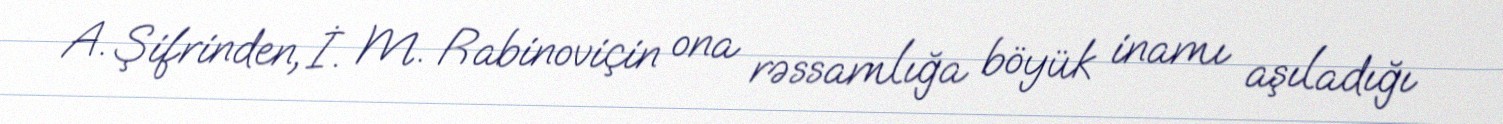
A. Şifrinden, İ. M. Rabinoviçin ona rəssamlığa böyük inamı aşıladığı